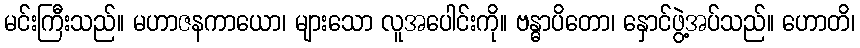
မင်းကြီးသည်။ မဟာဇနကာယော၊ များသော လူအပေါင်းကို။ ဗန္ဓာပိတော၊ နှောင်ဖွဲ့အပ်သည်။ ဟောတိ၊